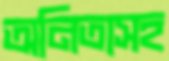
অনিতাসহ